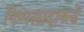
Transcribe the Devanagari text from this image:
पिप्पलादाकडे